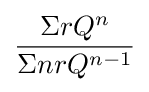
{\frac {\Sigma rQ^{n}}{\Sigma nrQ^{n-1}}}